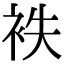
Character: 袟